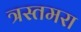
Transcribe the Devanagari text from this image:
त्रस्तमरा